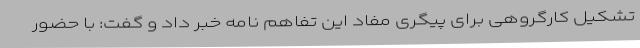
تشکیل کارگروهی برای پیگری مفاد این تفاهم نامه خبر داد و گفت: با حضور